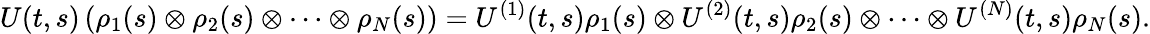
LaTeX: U(t,s)\left(\rho_{1}(s)\otimes\rho_{2}(s)\otimes\cdots\otimes\rho_{N}(s)\right)=U^{(1)}(t,s)\rho_{1}(s)\otimes U^{(2)}(t,s)\rho_{2}(s)\otimes\cdots\otimes U^{(N)}(t,s)\rho_{N}(s).